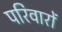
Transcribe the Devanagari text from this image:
परिवारों